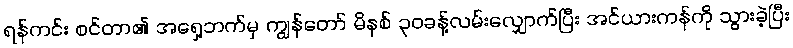
ရန်ကင်း စင်တာ၏ အရှေ့ဘက်မှ ကျွန်တော် မိနစ် ၃၀ခန့်လမ်းလျှောက်ပြီး အင်ယားကန်ကို သွားခဲ့ပြီး